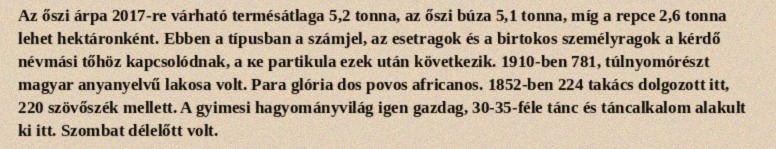
Az őszi árpa 2017-re várható termésátlaga 5,2 tonna, az őszi búza 5,1 tonna, míg a repce 2,6 tonna lehet hektáronként. Ebben a típusban a számjel, az esetragok és a birtokos személyragok a kérdő névmási tőhöz kapcsolódnak, a ке partikula ezek után következik. 1910-ben 781, túlnyomórészt magyar anyanyelvű lakosa volt. Para glória dos povos africanos. 1852-ben 224 takács dolgozott itt, 220 szövőszék mellett. A gyimesi hagyományvilág igen gazdag, 30-35-féle tánc és táncalkalom alakult ki itt. Szombat délelőtt volt.